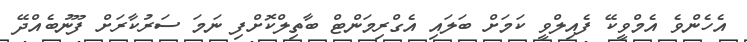
އެހެެންވެ އެމްވީކޭ ފެެއިލްވީ ކަމަށް ބަލައި އެގްރިމަންޓް ބާތިލްކޮށްފި ނަމަ ސަރުކާރަށް ފޫނުބެއްދޭ